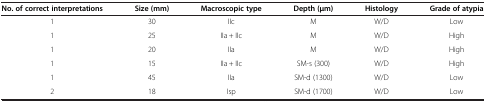
<table><thead><tr><td><b>No. of correct interpretations</b></td><td><b>Size (mm)</b></td><td><b>Macroscopic type</b></td><td><b>Depth (μm)</b></td><td><b>Histology</b></td><td><b>Grade of atypia</b></td></tr></thead><tbody><tr><td>1</td><td>30</td><td>IIc</td><td>M</td><td>W/D</td><td>Low</td></tr><tr><td>1</td><td>25</td><td>IIa + IIc</td><td>M</td><td>W/D</td><td>High</td></tr><tr><td>1</td><td>20</td><td>IIa</td><td>M</td><td>W/D</td><td>High</td></tr><tr><td>1</td><td>15</td><td>IIa + IIc</td><td>SM-s (300)</td><td>W/D</td><td>High</td></tr><tr><td>1</td><td>45</td><td>IIa</td><td>SM-d (1300)</td><td>W/D</td><td>Low</td></tr><tr><td>2</td><td>18</td><td>Isp</td><td>SM-d (1700)</td><td>W/D</td><td>Low</td></tr></tbody></table>